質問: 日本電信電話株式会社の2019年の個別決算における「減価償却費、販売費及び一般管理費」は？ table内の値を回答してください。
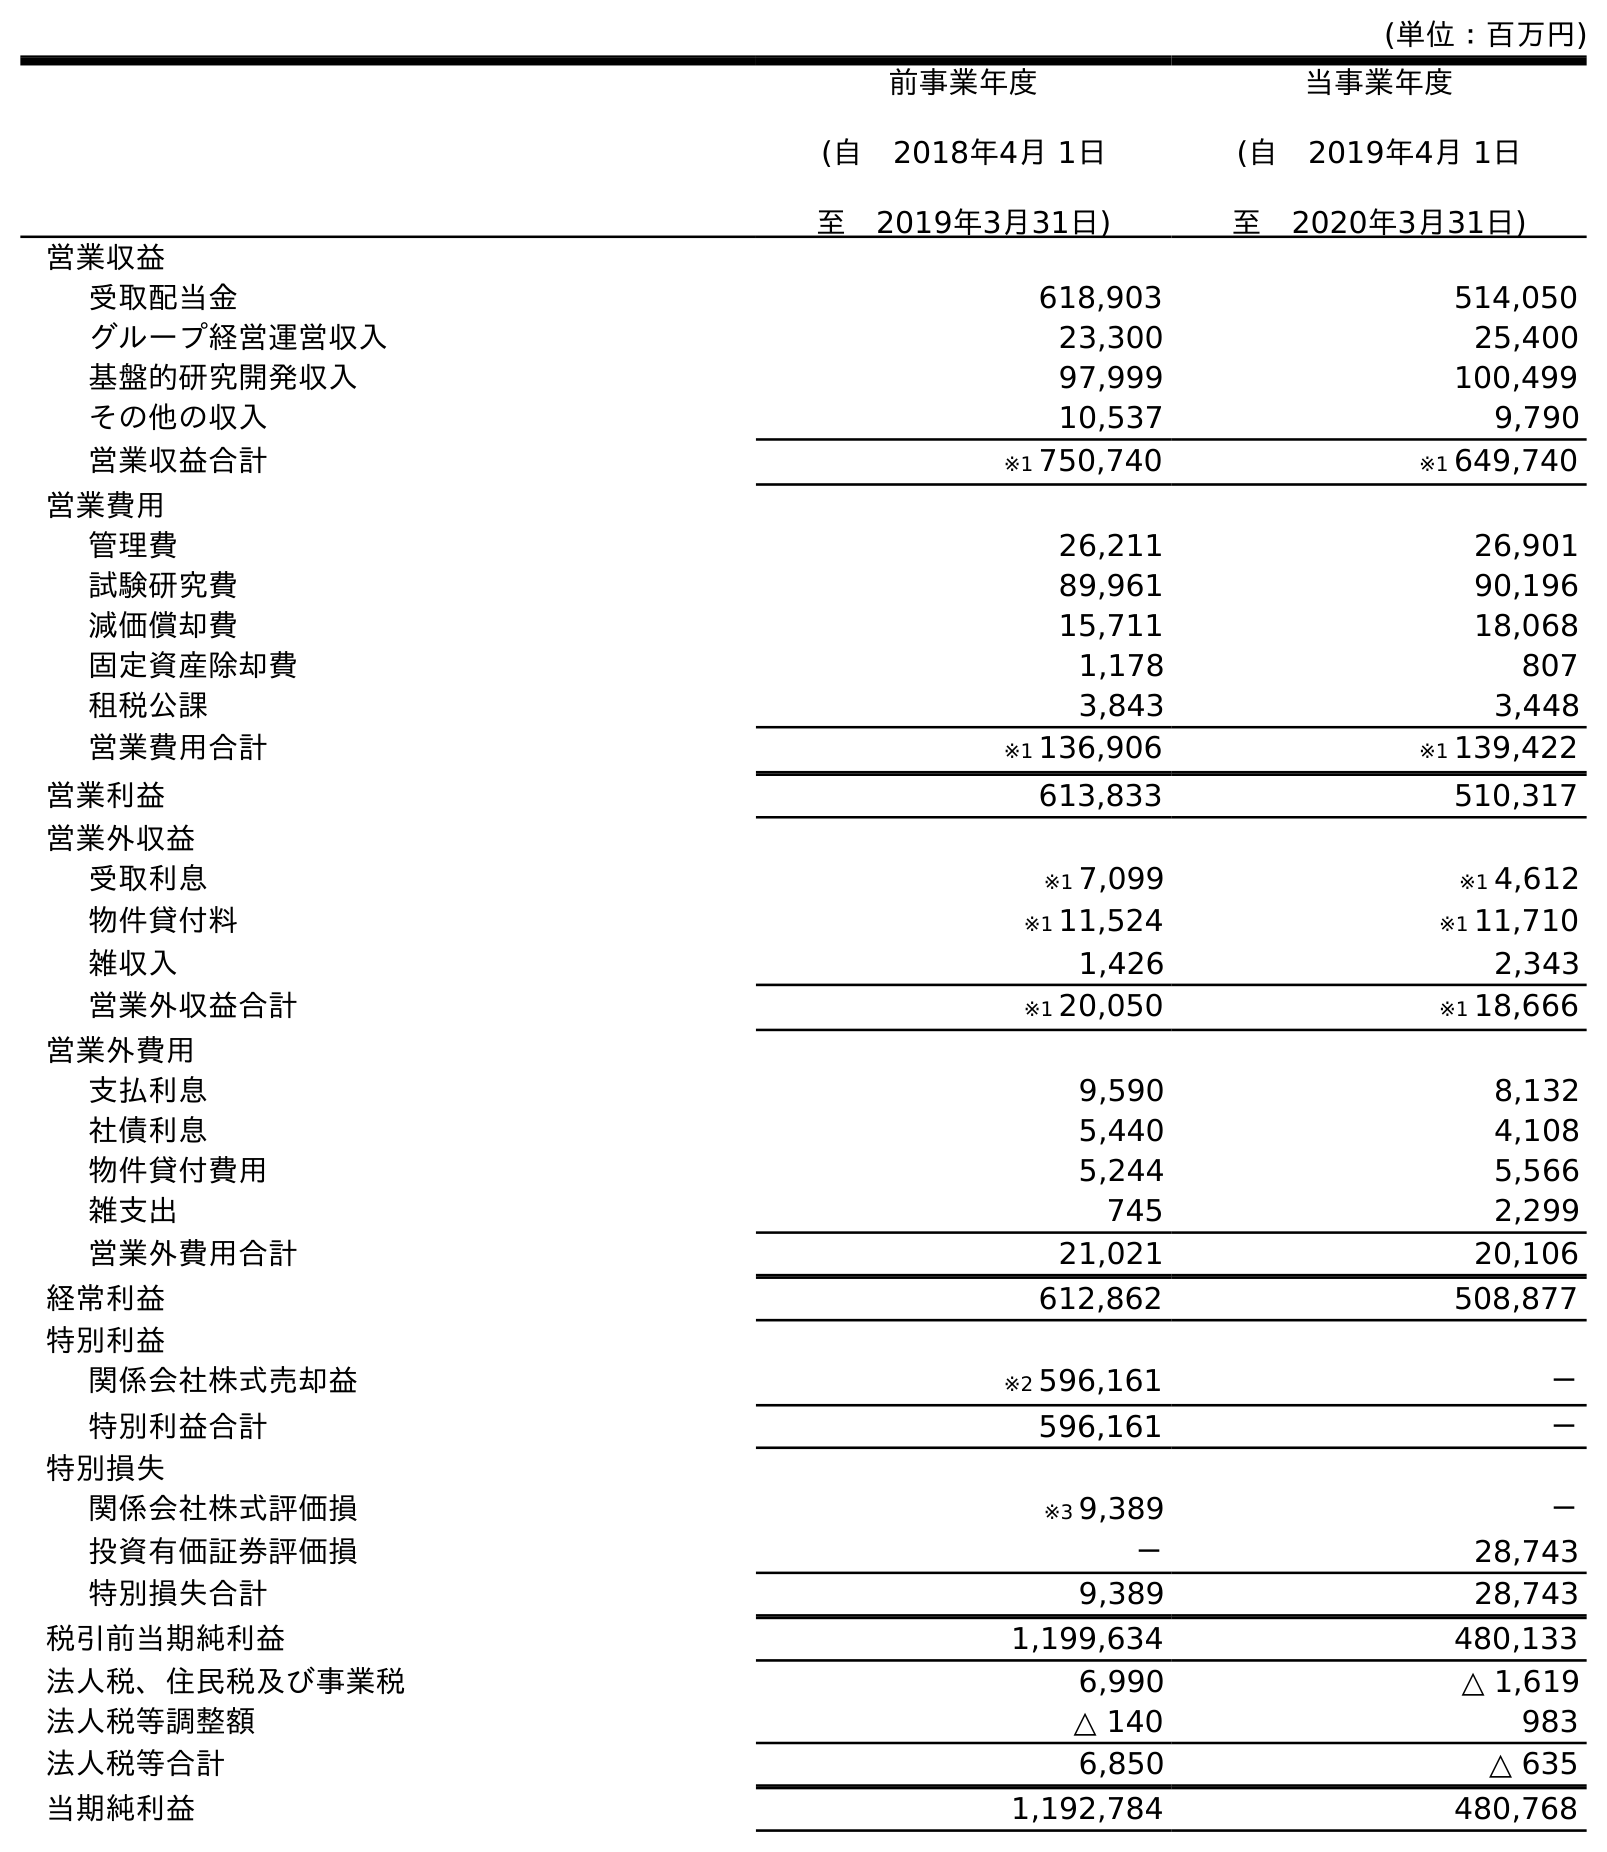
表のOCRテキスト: (単位：百万円) 前事業年度 (自 2018年4月 1日 至 2019年3月31日) 当事業年度 (自 2019年4月 1日 至 2020年3月31日) 営業収益 受取配当金 618,903 514,050 グループ経営運営収入 23,300 25,400 基盤的研究開発収入 97,999 100,499 その他の収入 10,537 9,790 営業収益合計 ※1 750,740 ※1 649,740 営業費用 管理費 26,211 26,901 試験研究費 89,961 90,196 減価償却費 15,711 18,068 固定資産除却費 1,178 807 租税公課 3,843 3,448 営業費用合計 ※1 136,906 ※1 139,422 営業利益 613,833 510,317 営業外収益 受取利息 ※1 7,099 ※1 4,612 物件貸付料 ※1 11,524 ※1 11,710 雑収入 1,426 2,343 営業外収益合計 ※1 20,050 ※1 18,666 営業外費用 支払利息 9,590 8,132 社債利息 5,440 4,108 物件貸付費用 5,244 5,566 雑支出 745 2,299 営業外費用合計 21,021 20,106 経常利益 612,862 508,877 特別利益 関係会社株式売却益 ※2 596,161 － 特別利益合計 596,161 － 特別損失 関係会社株式評価損 ※3 9,389 － 投資有価証券評価損 － 28,743 特別損失合計 9,389 28,743 税引前当期純利益 1,199,634 480,133 法人税、住民税及び事業税 6,990 △ 1,619 法人税等調整額 △ 140 983 法人税等合計 6,850 △ 635 当期純利益 1,192,784 480,768
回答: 15,711